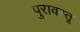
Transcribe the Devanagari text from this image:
पुरावस्तू